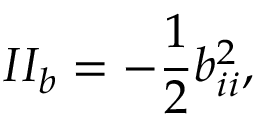
I I _ { b } = - \frac { 1 } { 2 } b _ { i i } ^ { 2 } ,